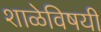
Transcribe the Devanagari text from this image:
शाळेविषयी